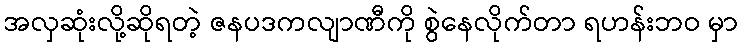
အလှဆုံးလို့ဆိုရတဲ့ ဇနပဒကလျာဏီကို စွဲနေလိုက်တာ ရဟန်းဘဝ မှာ